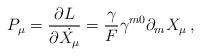
LaTeX: \begin{align*}P_\mu=\frac{\partial L}{\partial \dot{X_\mu}}=\frac{\gamma}{F}\gamma^{m0}\partial_m X_\mu\,, \end{align*}